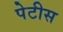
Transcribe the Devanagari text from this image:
पेटीस